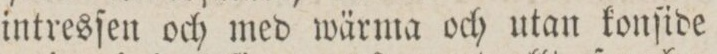
intresſen och med wärma och utan konſide